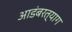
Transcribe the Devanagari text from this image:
आडंबरत्याग